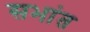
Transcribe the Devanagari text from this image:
सभांत